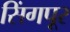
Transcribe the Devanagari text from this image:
सिंगपूर